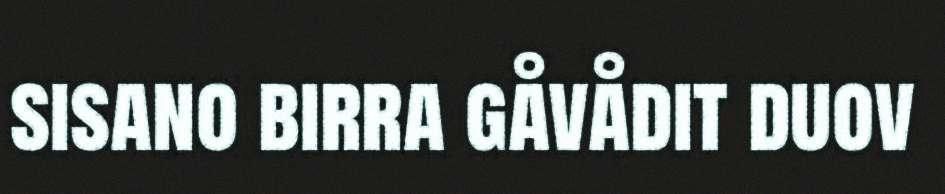
sisano birra gåvådit duov